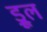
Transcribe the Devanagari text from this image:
ड्रूल